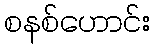
စနစ်ဟောင်း